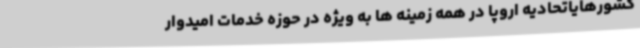
کشورهایاتحادیه اروپا در همه زمینه ها به ویژه در حوزه خدمات امیدوار